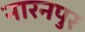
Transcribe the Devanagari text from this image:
नारनपुर